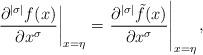
LaTeX: \begin{align*}\left.\frac{\partial^{|\sigma|}f(x)}{\partial x^\sigma}\right|_{x=\eta}=\left.\frac{\partial^{|\sigma|}\tilde f(x)}{\partial x^\sigma}\right|_{x=\eta},\quad\end{align*}